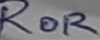
Text: ROR